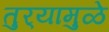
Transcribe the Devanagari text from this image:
तुर्‍यामुळे